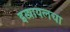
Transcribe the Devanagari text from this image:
इस्त्रायलचा